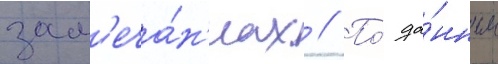
зам'еча́н'иах // По́ да́нным